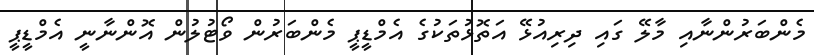
މެންބަރުންނާއި މާލޭ ގައި ދިރިއުޅޭ އަތޮޅުތަކުގެ އެމްޑީޕީ މެންބަރުން ވޯޓުލުން އޮންނާނީ އެމްޑީޕީ